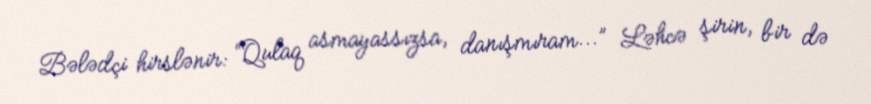
Bələdçi hirslənir: “Qulaq asmayassızsa, danışmıram...” Ləhcə şirin, bir də